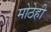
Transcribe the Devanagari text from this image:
मोठेही